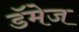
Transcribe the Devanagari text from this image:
डॅमेज